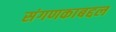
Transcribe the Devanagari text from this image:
संगणकाबद्दल